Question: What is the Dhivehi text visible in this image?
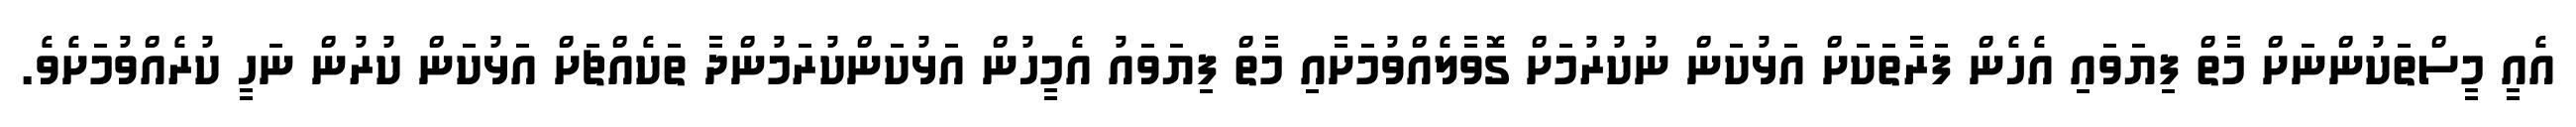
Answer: އެއީ މީސްތަކުންނަށް މާތް ފިޔަވައި އެހެން ފަރާތަކަށް އަޅުކަން ނުކުރުމަށް ގޮވާލެއްވުމަށާއި މާތް ފިޔަވައު އެމީހުން އަޅުކަންކުރަމުންދާ ތަކެއްޗަށް އަޅުކަން ކުރުން ނަހީ ކުރެއްވުމަށެވެ.